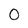
Character: 0